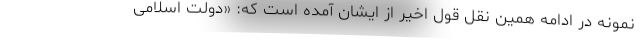
نمونه در ادامه همین نقل قول اخیر از ایشان آمده است که: «دولت اسلامی